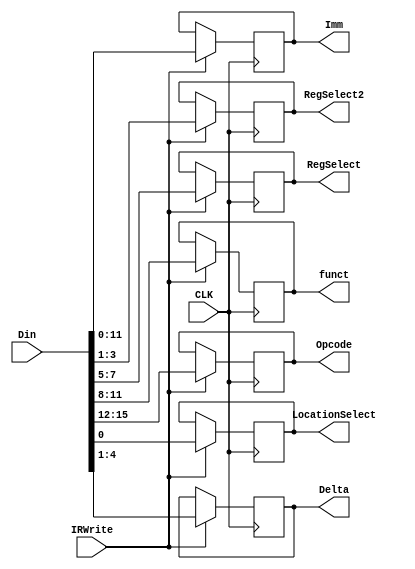
module IRReg_withControl(
      input [15:0] Din,
    input CLK,
	 input IRWrite,
    output reg [2:0] RegSelect,
    output reg[2:0] RegSelect2,
    output reg [11:0] Imm,
    output reg[3:0] Delta,
    output reg LocationSelect,
	 output reg [3:0] Opcode,
	 output reg [3:0] funct
    );
	 
always @ (negedge (CLK))begin
	if(IRWrite == 1)begin
		RegSelect <= Din[7:5];
		RegSelect2<= Din[3:1];
		Imm <= Din[11:0];
		Delta <= Din[4:1];
		LocationSelect <= Din[0];
		Opcode <= Din[15:12];
		funct <= Din[11:8];
	end
	end
endmodule